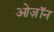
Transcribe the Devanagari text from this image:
ओज़ॉन